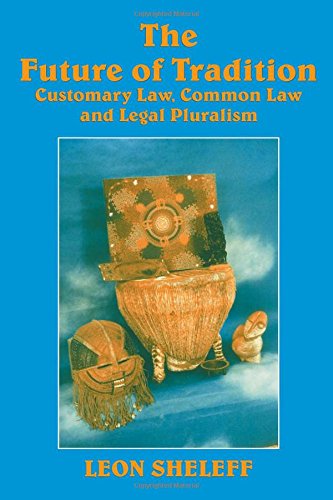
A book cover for The Future of Tradition: Customary Law, Common Law and Legal Pluralism; Leon Sheleff; Law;